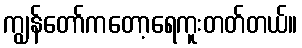
ကျွန်တော်ကတော့ရေကူးတတ်တယ်။